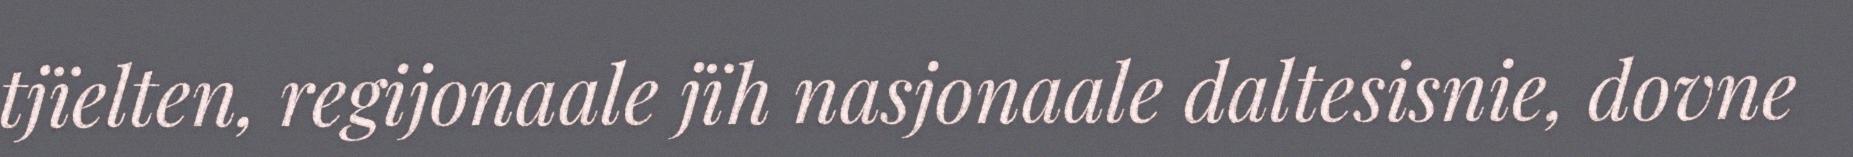
tjïelten, regijonaale jïh nasjonaale daltesisnie, dovne